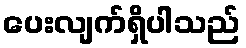
ပေးလျက်ရှိပါသည်